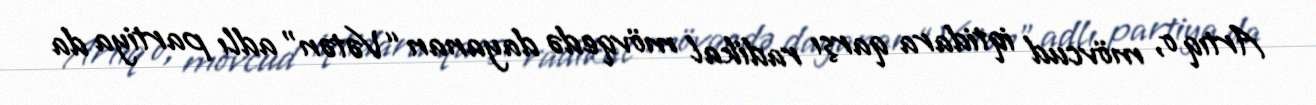
Artıq o, mövcud iqtidara qarşı radikal mövqedə dayanan “Vətən” adlı partiya da